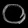
Digit: ၀